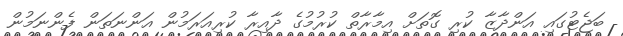
ބަޖެޓުގައި އަންދާޒާ ކުރި ގޮތަށް އިމާރާތް ކުރުމުގެ ދާއިރާ ކުރިއަރަމުން އަންނަތަން ފެންނަމުން